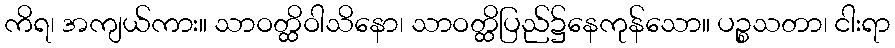
ကိရ၊ အကျယ်ကား။ သာဝတ္ထိဝါသိနော၊ သာဝတ္ထိပြည်၌နေကုန်သော။ ပဉ္စသတာ၊ ငါးရာ